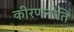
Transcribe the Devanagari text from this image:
कीरणनीति